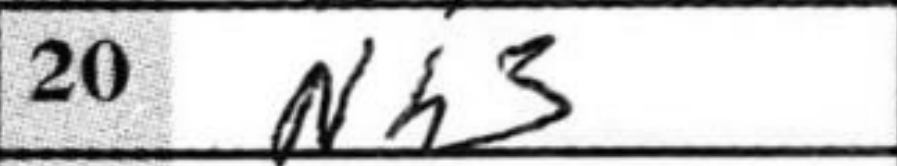
Transcription: Nh3